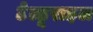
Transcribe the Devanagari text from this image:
टेल्डूराइल